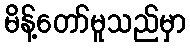
မိန့်တော်မူသည်မှာ